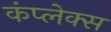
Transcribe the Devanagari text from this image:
कंप्लेक्स